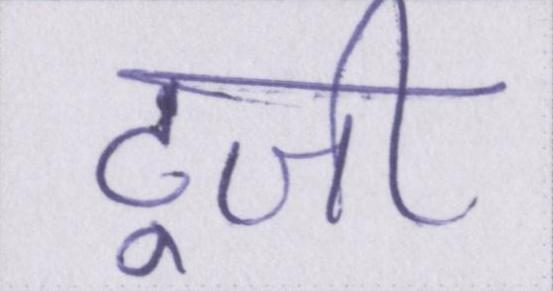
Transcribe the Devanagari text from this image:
टूजी